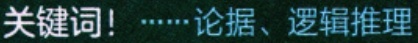
关键词！······论据、逻辑推理